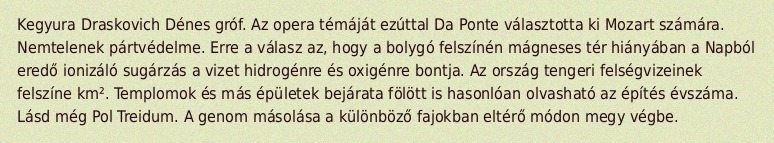
Kegyura Draskovich Dénes gróf. Az opera témáját ezúttal Da Ponte választotta ki Mozart számára. Nemtelenek pártvédelme. Erre a válasz az, hogy a bolygó felszínén mágneses tér hiányában a Napból eredő ionizáló sugárzás a vizet hidrogénre és oxigénre bontja. Az ország tengeri felségvizeinek felszíne  km². Templomok és más épületek bejárata fölött is hasonlóan olvasható az építés évszáma. Lásd még Pol Treidum. A genom másolása a különböző fajokban eltérő módon megy végbe.